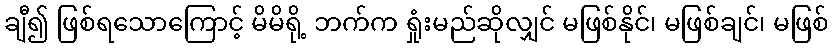
ချီ၍ ဖြစ်ရသောကြောင့် မိမိရို့ ဘက်က ရှုံးမည်ဆိုလျှင် မဖြစ်နိုင်၊ မဖြစ်ချင်၊ မဖြစ်